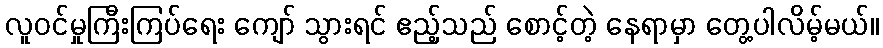
လူဝင်မှုကြီးကြပ်ရေး ကျော် သွားရင် ဧည့်သည် စောင့်တဲ့ နေရာမှာ တွေ့ပါလိမ့်မယ်။